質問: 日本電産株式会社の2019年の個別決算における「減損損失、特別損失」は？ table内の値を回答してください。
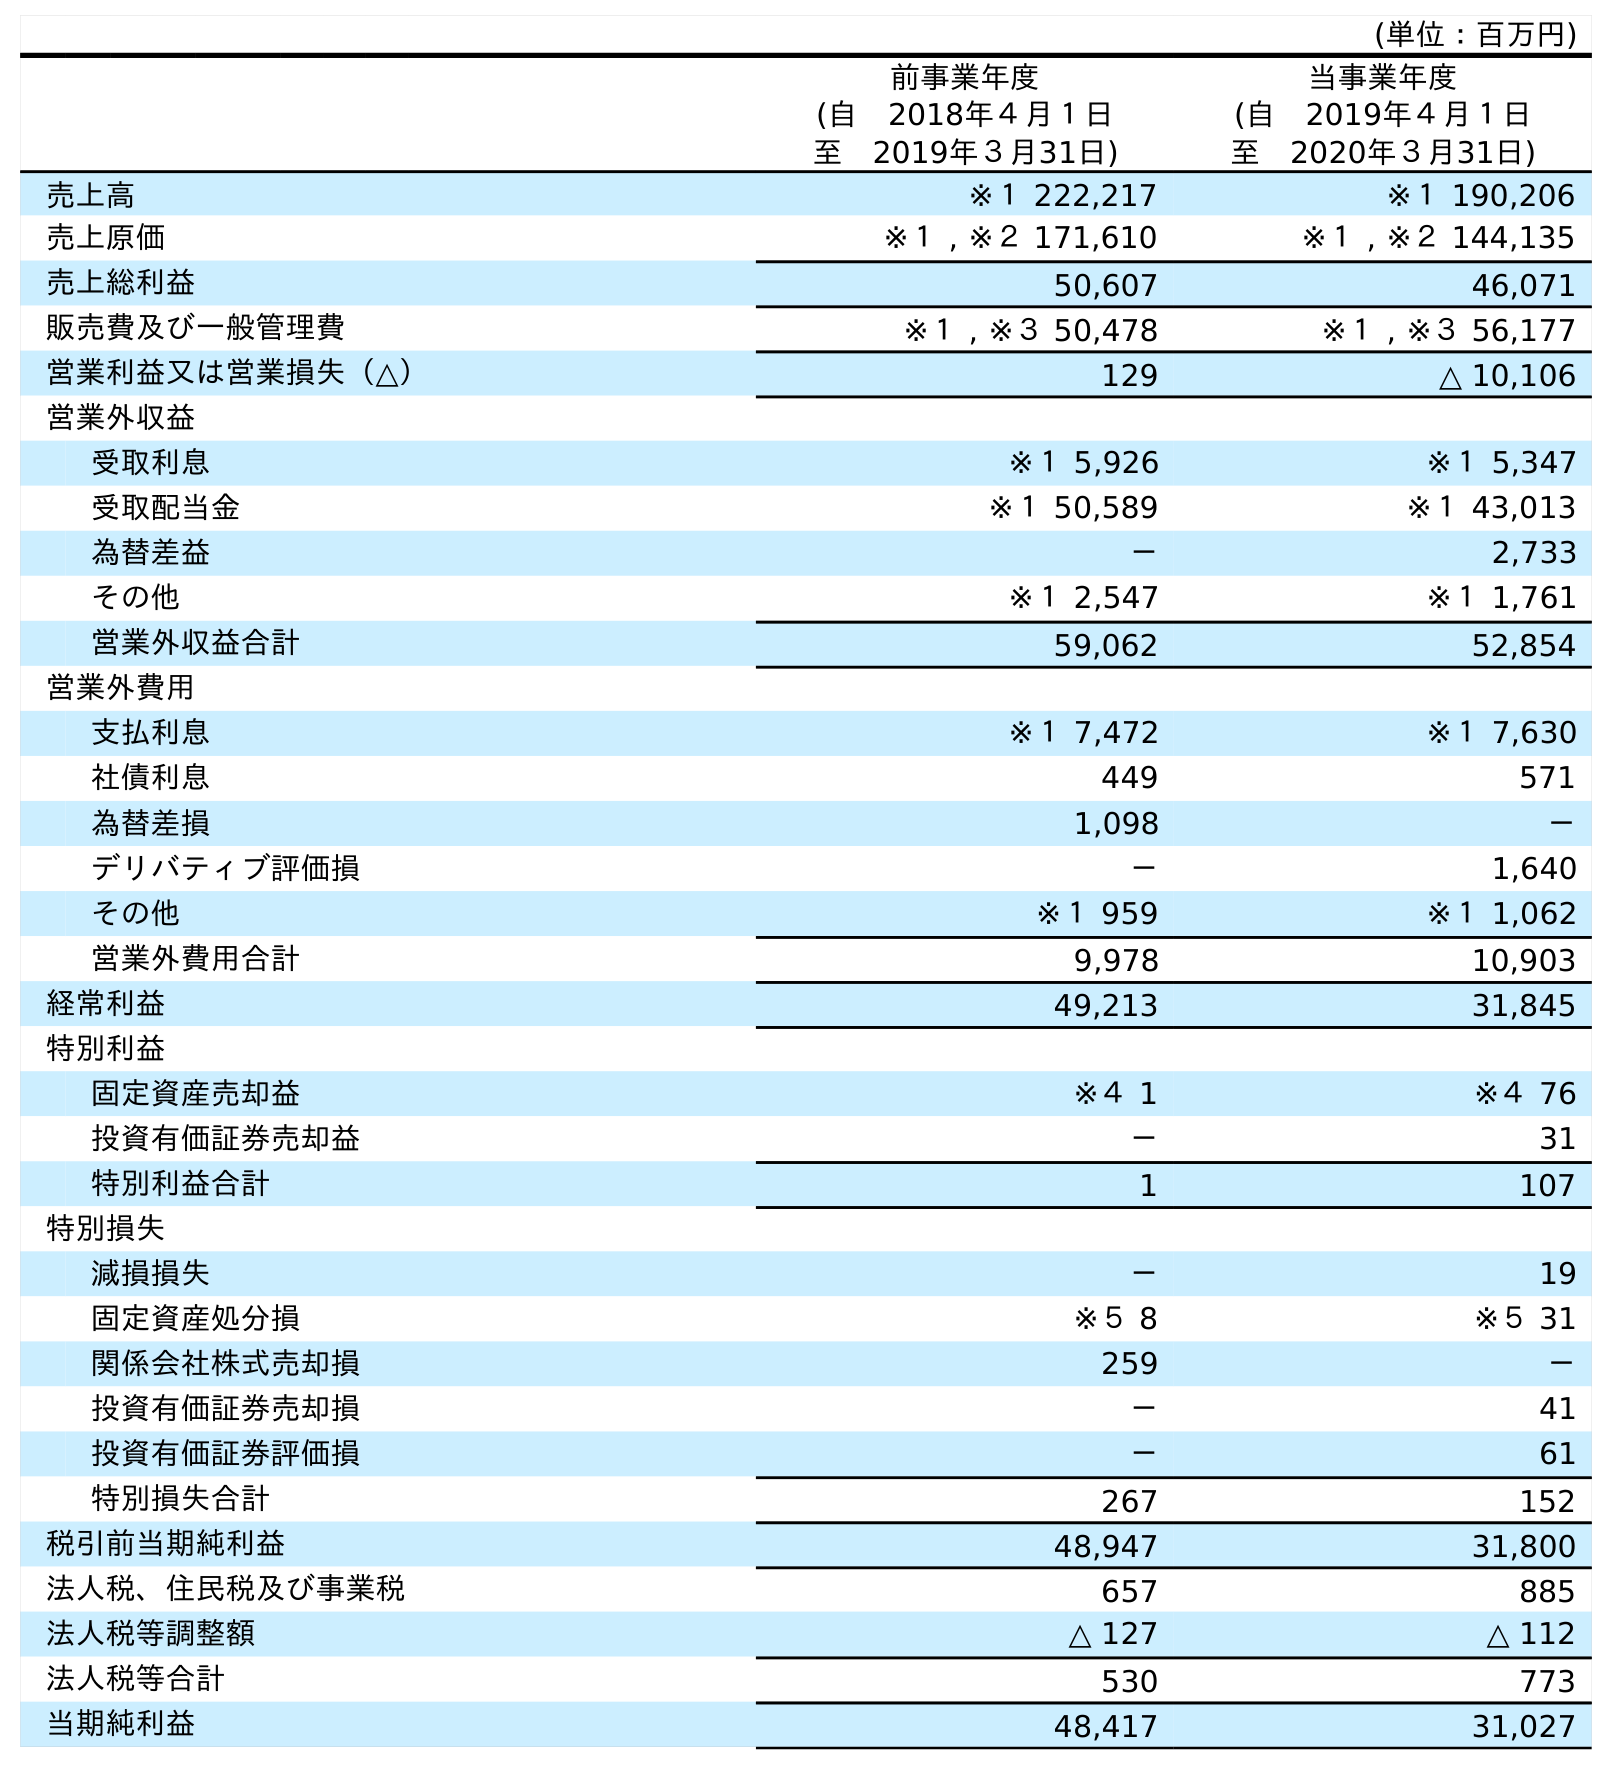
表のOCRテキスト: (単位：百万円) 前事業年度 (自 2018年４月１日 至 2019年３月31日) 当事業年度 (自 2019年４月１日 至 2020年３月31日) 売上高 ※１ 222,217 ※１ 190,206 売上原価 ※１ , ※２ 171,610 ※１ , ※２ 144,135 売上総利益 50,607 46,071 販売費及び一般管理費 ※１ , ※３ 50,478 ※１ , ※３ 56,177 営業利益又は営業損失（△） 129 △ 10,106 営業外収益 受取利息 ※１ 5,926 ※１ 5,347 受取配当金 ※１ 50,589 ※１ 43,013 為替差益 － 2,733 その他 ※１ 2,547 ※１ 1,761 営業外収益合計 59,062 52,854 営業外費用 支払利息 ※１ 7,472 ※１ 7,630 社債利息 449 571 為替差損 1,098 － デリバティブ評価損 － 1,640 その他 ※１ 959 ※１ 1,062 営業外費用合計 9,978 10,903 経常利益 49,213 31,845 特別利益 固定資産売却益 ※４ 1 ※４ 76 投資有価証券売却益 － 31 特別利益合計 1 107 特別損失 減損損失 － 19 固定資産処分損 ※５ 8 ※５ 31 関係会社株式売却損 259 － 投資有価証券売却損 － 41 投資有価証券評価損 － 61 特別損失合計 267 152 税引前当期純利益 48,947 31,800 法人税、住民税及び事業税 657 885 法人税等調整額 △ 127 △ 112 法人税等合計 530 773 当期純利益 48,417 31,027
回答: －